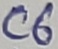
Text: C6